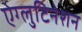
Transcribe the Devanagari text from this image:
ऐग्लुटिनेशन